Malaria in the Andamans - Number 56
Disease focus: Malaria
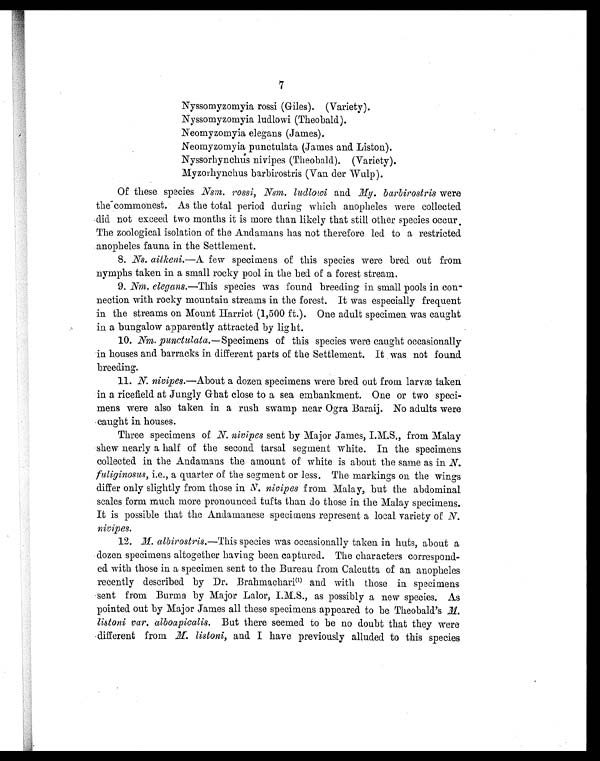
7
Nyssomyzomyia rossi (Giles). (Variety).
Nyssomyzomyia ludlowi (Theobald).
Neomyzomyia elegans (James).
Neomyzomyia punctulata (James and Liston).
Nyssorhynchus ni
vipes (Theobald). (Variety).
Myzorhynchus barbirostris (Van der Wulp).
Of these species Nsm. rossi, Nsm. ludlowi and My. barbirostris were
the commonest. As the total period during which anopheles were collected
did not exceed two months it is more than likely that still other species occur.
The zoological isolation of the Andamans has not therefore led to a restricted.
anopheles fauna in the Settlement.
8.
Ns. aitkeni. —A few specimens of this species were bred out from
nymphs taken in a small rocky pool in the bed of a forest stream.
9. Nm
. elegans. —This species was found breeding in small pools in con-
nection with rocky mountain streams in the forest. It was especially frequent
in the streams on Mount Harriet (1,500 ft.). One adult specimen was caught
in a bungalow apparently attracted by light.
10.
Nm. punctulata. —Specimens of this species were caught occasionally
in houses and barracks in different parts of the Settlement. It was not found
breeding.
11.
N. nivipes. —About a dozen specimens were bred out from larvæ taken
in a ricefield at Jungly Ghat close to a sea embankment. One or two speci-
mens were also taken in a rush swamp near Ogra Baraij. No adults were
caught in houses.
Three specimens of N. nivipes sent by Major James, I.M.S., from Malay
shew nearly a half of the second tarsal segment white. In the specimens
collected in the Andamans the amount of white is about the same as in N.
fuliginosus, i.e., a quarter of the segment or less. The markings on the wings
differ only slightly from those in N. nivipes from Malay, but the abdominal
scales form much more pronounced tufts than do those in the Malay specimens.
It is possible that the Andamanese specimens represent a local variety of N.
nivipes.
12. M
. albirostris.—This species was occasionally taken in huts, about a
dozen specimens altogether having been captured. The characters correspond-
ed with those in a specimen sent to the Bureau from Calcutta of an anopheles
recently described by Dr. Brahmachari( 1 )
a n d w i t h t h o s e i n s p e c i m e n s
sent from Burma by Major Lalor, I.M.S., as possibly a new species. As
pointed out by Major James all these specimens appeared to be Theobald's
M l i s t o n i v a r . a l b o a p i c a l i s .
B u t t h e r e s e e m e d t o b e n o d o u b t t h a t t h e y w e r e
different from M. listoni, and I have previously alluded to this species